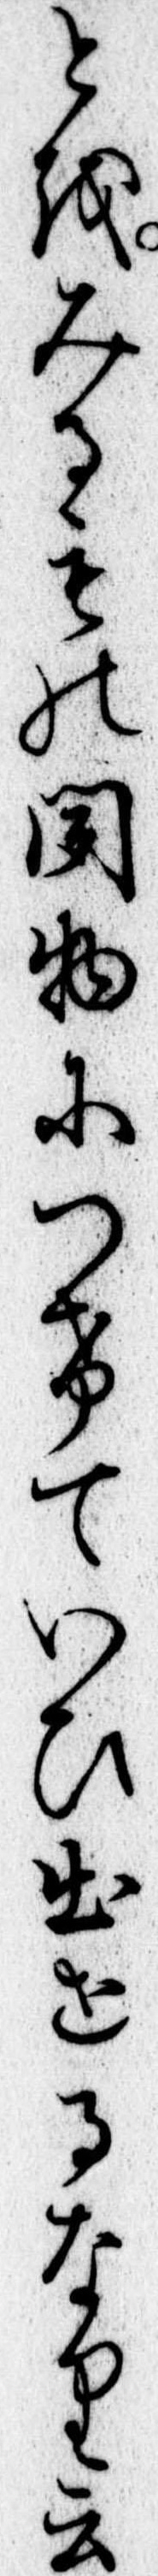
とをみるもの聞物につけていひ出せるなり云